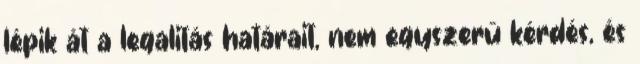
lépik át a legalitás határait, nem egyszerű kérdés, és